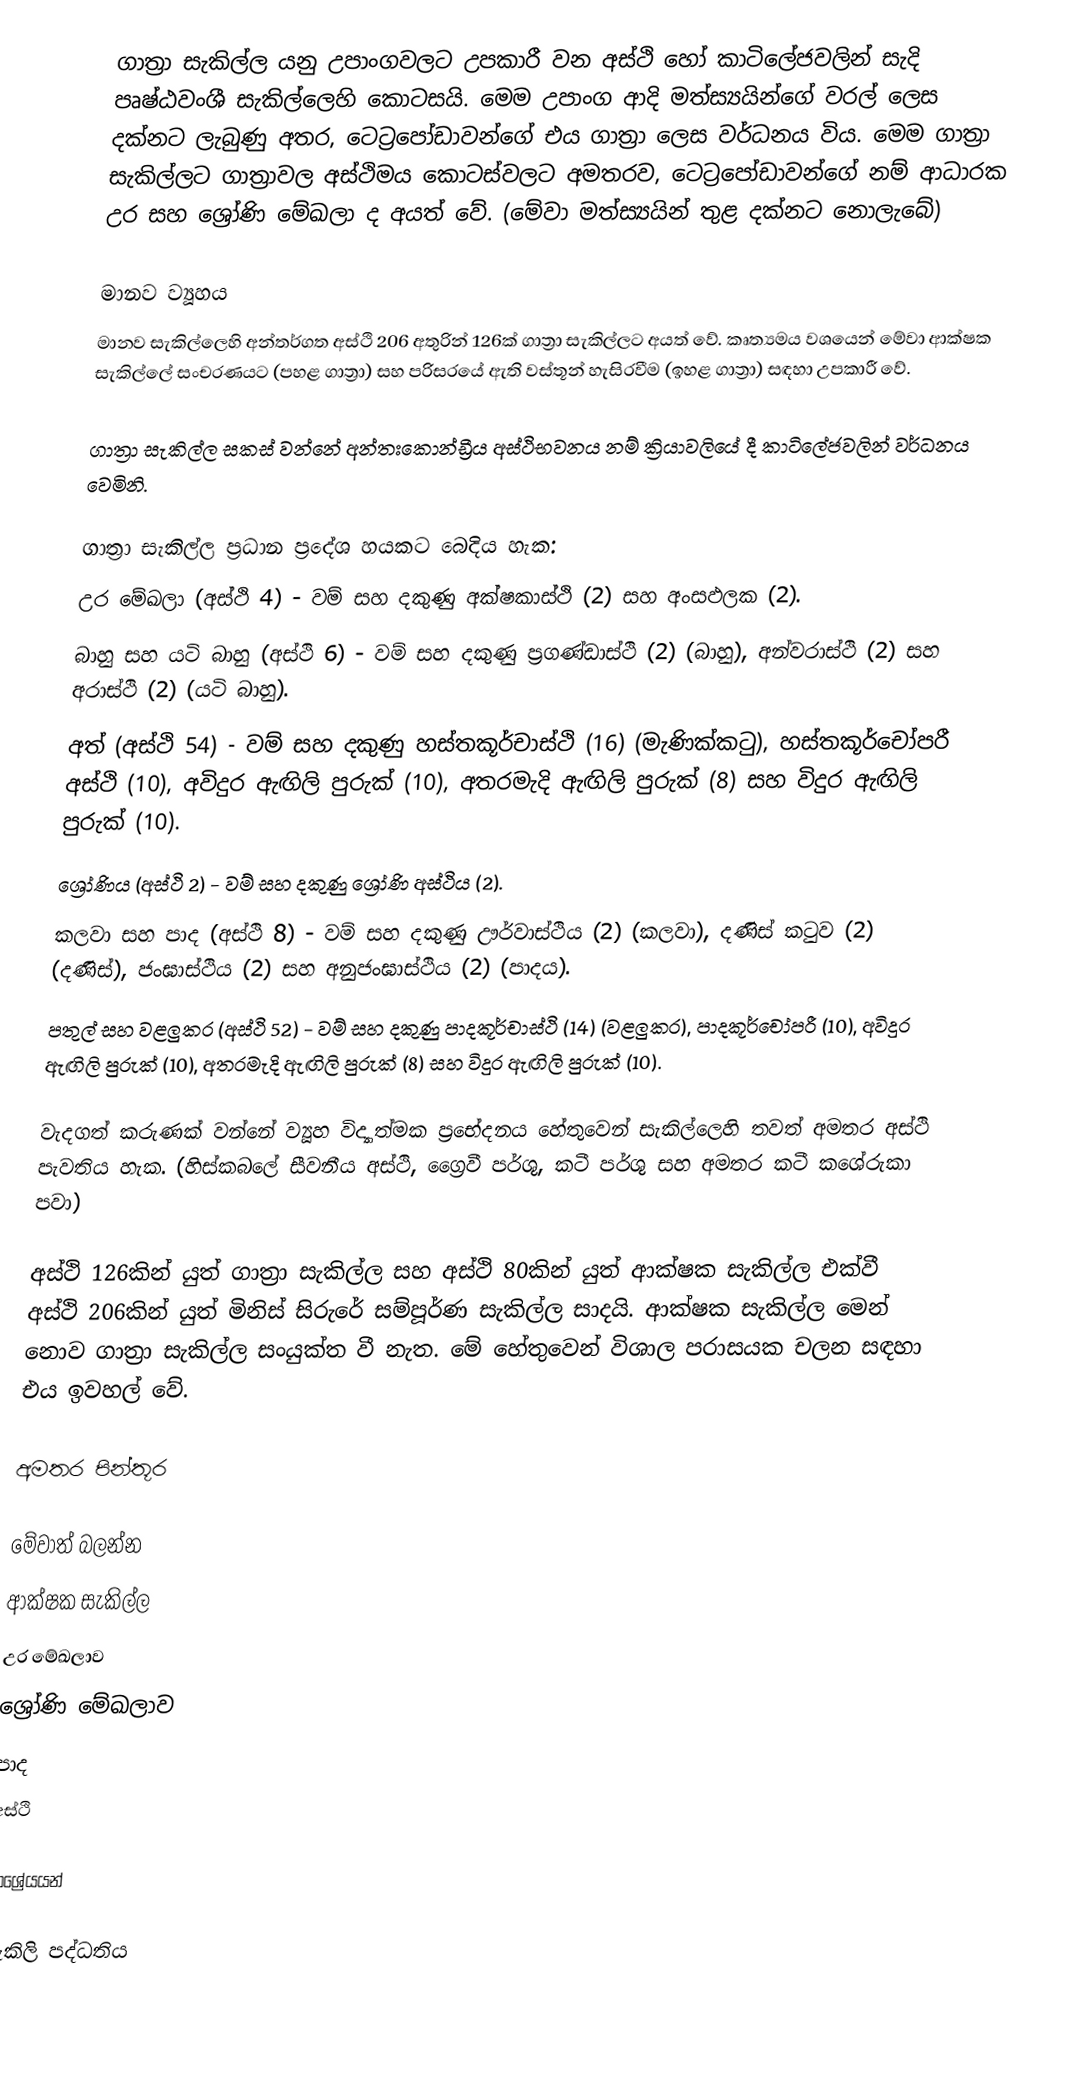
ගාත්‍රා සැකිල්ල යනු උපාංගවලට උපකාරී වන අස්ථි හෝ කාටිලේජවලින් සැදි පෘෂ්ඨවංශී සැකිල්ලෙහි කොටසයි. මෙම උපාංග ආදි මත්ස්‍යයින්ගේ වරල් ලෙස දක්නට ලැබුණු අතර, ටෙට්‍රපෝඩාවන්ගේ එය ගාත්‍රා ලෙස වර්ධනය විය. මෙම ගාත්‍රා සැකිල්ලට ගාත්‍රාවල අස්ථිමය කොටස්වලට අමතරව, ටෙට්‍රපෝඩාවන්ගේ නම් ආධාරක උර සහ ශ්‍රෝණි මේඛලා ද අයත් වේ. (මේවා මත්ස්‍යයින් තුළ දක්නට නොලැබේ)

මානව ව්‍යූහය
මානව සැකිල්ලෙහි අන්තර්ගත අස්ථි 206 අතුරින් 126ක් ගාත්‍රා සැකිල්ලට අයත් වේ. කෘත්‍යමය වශයෙන් මේවා ආක්ෂක සැකිල්ලේ සංචරණයට (පහළ ගාත්‍රා) සහ පරිසරයේ ඇති වස්තූන් හැසිරවීම (ඉහළ ගාත්‍රා) සඳහා උපකාරී වේ.

ගාත්‍රා සැකිල්ල සකස් වන්නේ අන්තඃකොන්ඩ්‍රීය අස්ථිභවනය නම් ක්‍රියාවලියේ දී කාටිලේජවලින් වර්ධනය වෙමිනි.

ගාත්‍රා සැකිල්ල ප්‍රධාන ප්‍රදේශ හයකට බෙදිය හැක:
 උර මේඛලා (අස්ථි 4) - වම් සහ දකුණු අක්ෂකාස්ථි (2) සහ අංසඵලක (2).
 බාහු සහ යටි බාහු (අස්ථි 6) - වම් සහ දකුණු ප්‍රගණ්ඩාස්ථි (2) (බාහු), අන්වරාස්ථි (2) සහ අරාස්ථි (2) (යටි බාහු).
 අත් (අස්ථි 54) - වම් සහ දකුණු හස්තකූර්චාස්ථි (16) (මැණික්කටු), හස්තකූර්චෝපරී අස්ථි (10), අවිදුර ඇඟිලි පුරුක් (10), අතරමැදි ඇඟිලි පුරුක් (8) සහ විදුර ඇඟිලි පුරුක් (10).
 ශ්‍රෝණිය (අස්ථි 2) - වම් සහ දකුණු ශ්‍රෝණි අස්ථිය (2).
 කලවා සහ පාද (අස්ථි 8) - වම් සහ දකුණු ඌර්වාස්ථිය (2) (කලවා), දණිස් කටුව (2) (දණිස්), ජංඝාස්ථිය (2) සහ අනුජංඝාස්ථිය (2) (පාදය).
 පතුල් සහ වළලුකර (අස්ථි 52) - වම් සහ දකුණු පාදකූර්චාස්ථි (14) (වළලුකර), පාදකූර්චෝපරී (10), අවිදුර ඇඟිලි පුරුක් (10), අතරමැදි ඇඟිලි පුරුක් (8) සහ විදුර ඇඟිලි පුරුක් (10).

වැදගත් කරුණක් වන්නේ ව්‍යූහ විද්‍යාත්මක ප්‍රභේදනය හේතුවෙන් සැකිල්ලෙහි තවත් අමතර අස්ථි පැවතිය හැක. (හිස්කබලේ සීවනීය අස්ථි, ග්‍රෛවී පර්ශු, කටී පර්ශු සහ අමතර කටී කශේරුකා පවා)

අස්ථි 126කින් යුත් ගාත්‍රා සැකිල්ල සහ අස්ථි 80කින් යුත් ආක්ෂක සැකිල්ල එක්වී අස්ථි 206කින් යුත් මිනිස් සිරුරේ සම්පූර්ණ සැකිල්ල සාදයි. ආක්ෂක සැකිල්ල මෙන් නොව ගාත්‍රා සැකිල්ල සංයුක්ත වී නැත. මේ හේතුවෙන් විශාල පරාසයක චලන සඳහා එය ඉවහල් වේ.

අමතර පින්තූර

මේවාත් බලන්න
ආක්ෂක සැකිල්ල
උර මේඛලාව
ශ්‍රෝණි මේඛලාව
පාද
අස්ථි

ආශ්‍රේයයන්

සැකිලි පද්ධතිය